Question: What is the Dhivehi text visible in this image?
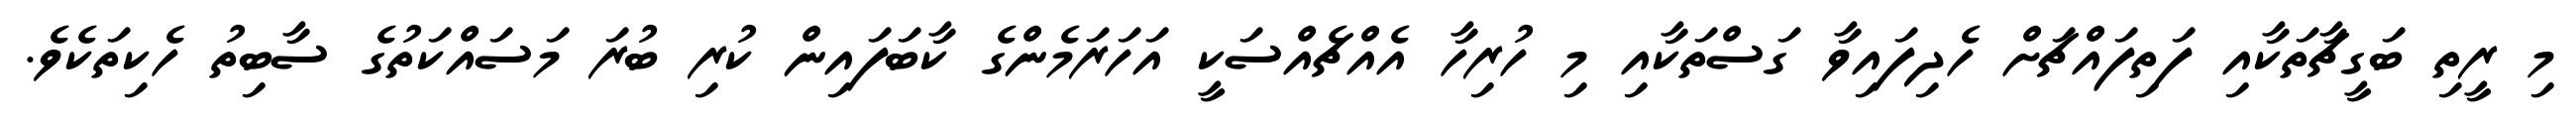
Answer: މި ރީތި ބަގީޗާތަކާއި ފަތިފައްޗަށް ހެދިފައިވާ ގަސްތަކާއި މި ހުރިހާ އެއްޗެއްސަކީ އަހަރަމެންގެ ކާބަފައިން ކުރި ބުރަ މަސައްކަތުގެ ސާބިތު ހެކިތަކެވެ.